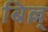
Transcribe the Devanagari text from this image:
बिल्ल्